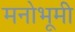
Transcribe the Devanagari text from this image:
मनोभूमी